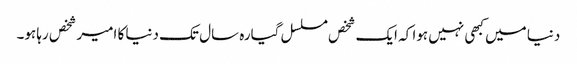
دنیا میں کبھی نہیں ہوا کہ ایک شخص مسلسل گیارہ سال تک دنیا کا امیر شخص رہا ہو۔